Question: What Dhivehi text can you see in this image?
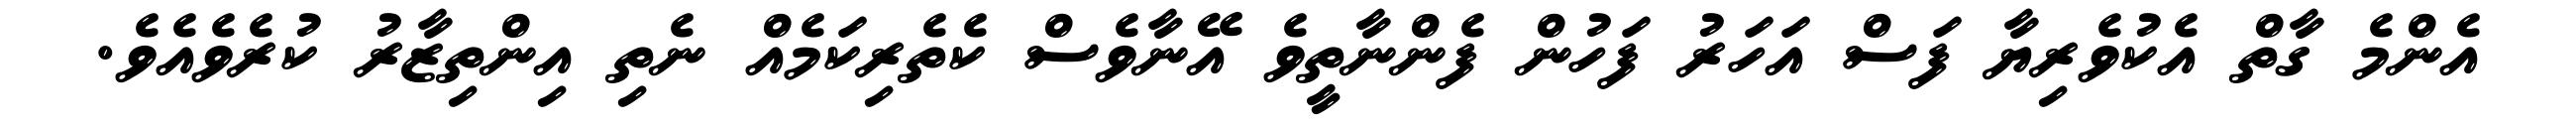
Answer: އެންމެ ގާތް އެކުވެރިޔާ ފަސް އަހަރު ފަހުން ފެންނާތީވެ އޭނާވެސް ކެތެރިކަމެއް ނެތި އިންތިޒާރު ކުރެވެއެވެ.